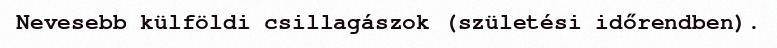
Nevesebb külföldi csillagászok (születési időrendben).